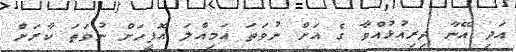
އަދި އޭނާ ދިރިއުޅުއްވާ ގެ އަށް ނުވަތަ އަމިއްލަ އޮފީހަށް ނުވަތަ ކާރަށް